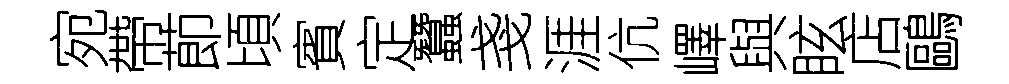
宛帶莭頃賓定蠶戔涯伉嶧與眩店鷗